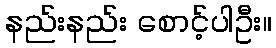
နည်းနည်း စောင့်ပါဦး။